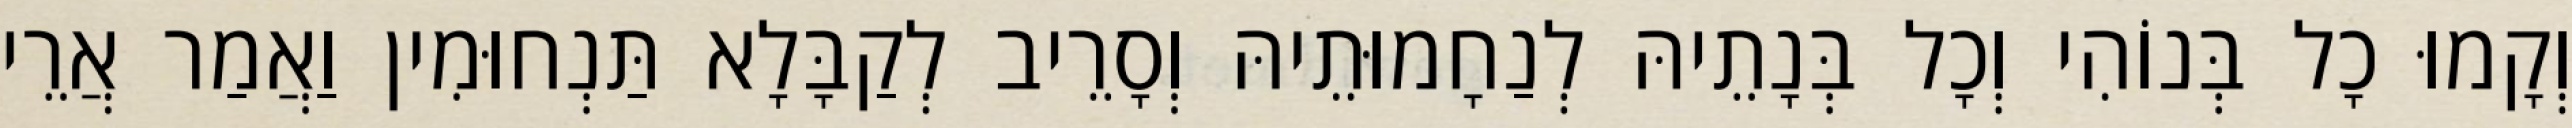
וְקָמוּ כָל בְּנוֹהִי וְכָל בְּנָתֵיהּ לְנַחָמוּתֵיהּ וְסָרֵיב לְקַבָּלָא תַּנְחוּמִין וַאֲמַר אֲרֵי